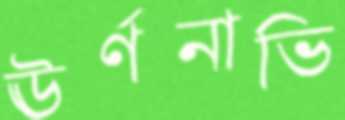
ঊর্ণনাভি